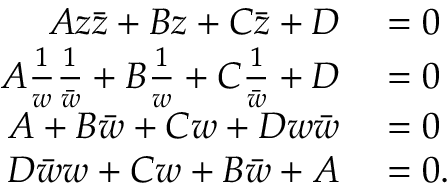
\begin{array} { r l } { A z { \bar { z } } + B z + C { \bar { z } } + D } & { { } = 0 } \\ { A { \frac { 1 } { w } } { \frac { 1 } { \bar { w } } } + B { \frac { 1 } { w } } + C { \frac { 1 } { \bar { w } } } + D } & { { } = 0 } \\ { A + B { \bar { w } } + C w + D w { \bar { w } } } & { { } = 0 } \\ { D { \bar { w } } w + C w + B { \bar { w } } + A } & { { } = 0 . } \end{array}